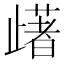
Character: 𣦡